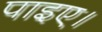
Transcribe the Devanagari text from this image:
पाइए।